Report on the working of the Ranchi Indian Mental Hospital, Kanke, in Bihar and Orissa - 1930-1940
Year: 1930
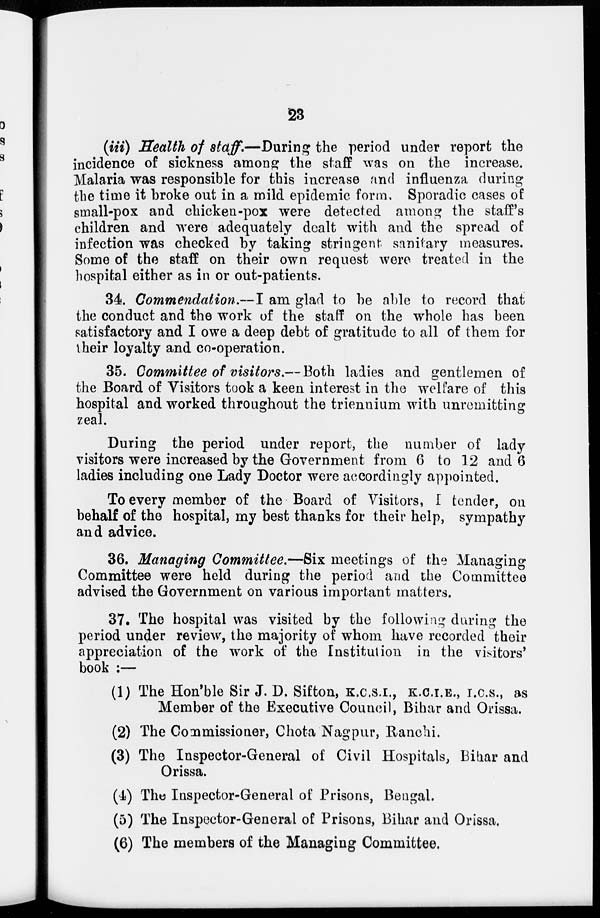
23
(iii) Health of staff.—During the period under report the
incidence of sickness among the staff was on the increase.
Malaria was responsible for this increase and influenza during
the time it broke out in a mild epidemic form, Sporadic cases of
small-pox and chicken-pox were detected among the staff's
children and were adequately dealt with and the spread of
infection was checked by taking stringent sanitary measures.
Some of the staff on their own request were treated in the
hospital either as in or out-patients.
34. Commendation.—I am glad to be able to record that
the conduct and the work of the staff on the whole has been
satisfactory and I owe a deep debt of gratitude to all of them for
their loyalty and co-operation.
35. Committee of visitors.— Both ladies and gentlemen of
the Board of Visitors took a keen interest in the welfare of this
hospital and worked throughout the triennium with unremitting
zeal.
During the period under report, the number of lady
visitors were increased by the Government from 6 to 12 and 6
ladies including one Lady Doctor were accordingly appointed.
To every member of the Board of Visitors, I tender, on
behalf of the hospital, my best thanks for their help, sympathy
and advice.
36. Managing Committee.—Six meetings of the Managing
Committee were held during the period and the Committee
advised the Government on various important matters.
37. The hospital was visited by the following during the
period under review, the majority of whom have recorded their
appreciation of the work of the Institution in the visitors'
book :—
(1) The Hon'ble Sir J. D. Sifton, K.C.S.I., K.C.I.E., I.C.S., as
Member of the Executive Council, Bihar and Orissa.
(2) The Commissioner, Chota Nagpur, Ranchi.
(3) The Inspector-General of Civil Hospitals, Bihar and
Orissa.
(4) The Inspector-General of Prisons, Bengal.
(5) The Inspector-General of Prisons, Bihar and Orissa.
(6) The members of the Managing Committee.